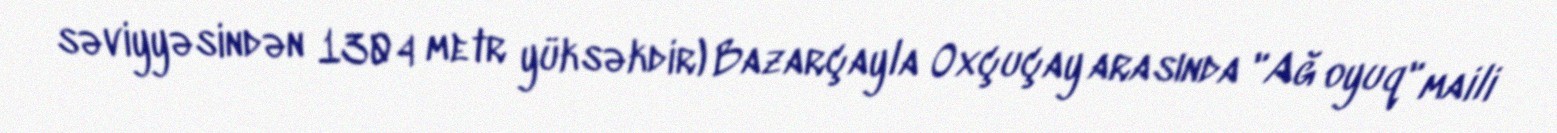
səviyyəsindən 1304 metr yüksəkdir) Bazarçayla Oxçuçay arasında "Ağ oyuq" maili